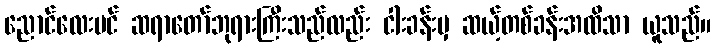
ညောင်လေးပင် ဆရာတော်ဘုရားကြီးသည်လည်း ငါးခန်းမှ ဆယ့်တစ်ခန်းအထိသာ ယူသည်။